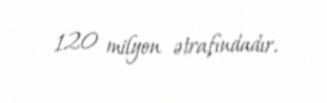
120 milyon ətrafındadır.